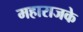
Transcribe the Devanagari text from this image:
महाराजके